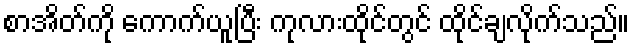
စာအိတ်ကို ကောက်ယူပြီး ကုလားထိုင်တွင် ထိုင်ချလိုက်သည်။